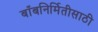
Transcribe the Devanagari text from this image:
बाँबनिर्मितीसाठी